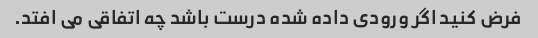
فرض کنید اگر ورودی داده شده درست باشد چه اتفاقی می افتد.